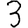
Digit: 3